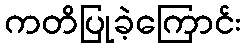
ကတိပြုခဲ့ကြောင်း